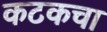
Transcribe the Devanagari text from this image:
कटकचा